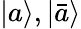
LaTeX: {\left|{a}\right\rangle},{\left|{\bar{a}}\right\rangle}